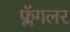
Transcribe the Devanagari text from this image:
फ्लॅगलर